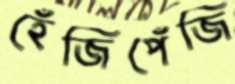
হেঁজিপেঁজি